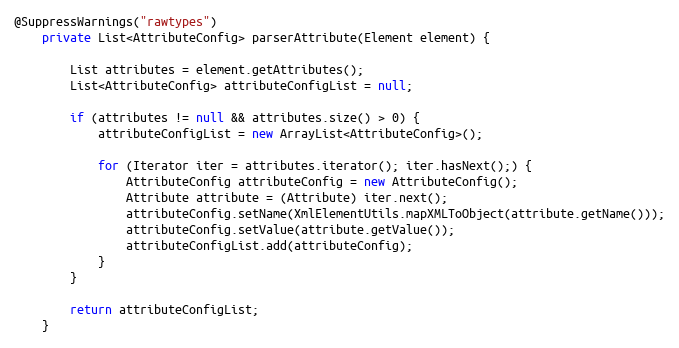
Language: Java
@SuppressWarnings("rawtypes")
	private List<AttributeConfig> parserAttribute(Element element) {

		List attributes = element.getAttributes();
		List<AttributeConfig> attributeConfigList = null;

		if (attributes != null && attributes.size() > 0) {
			attributeConfigList = new ArrayList<AttributeConfig>();

			for (Iterator iter = attributes.iterator(); iter.hasNext();) {
				AttributeConfig attributeConfig = new AttributeConfig();
				Attribute attribute = (Attribute) iter.next();
				attributeConfig.setName(XmlElementUtils.mapXMLToObject(attribute.getName()));
				attributeConfig.setValue(attribute.getValue());
				attributeConfigList.add(attributeConfig);
			}
		}

		return attributeConfigList;
	}